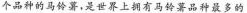
个品种的马铃薯，是世界上拥有马铃薯品种最多的